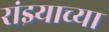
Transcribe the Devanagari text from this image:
रांझ्याच्या